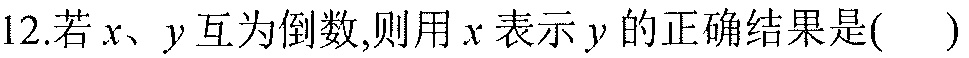
12.若\(x、y\)互为倒数,则用\(x\)表示\(y\)的正确结果是( )